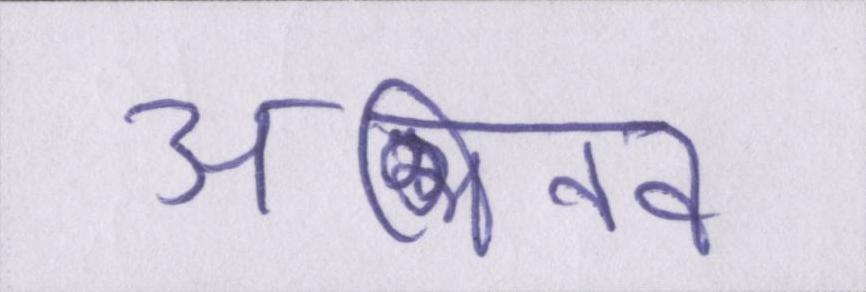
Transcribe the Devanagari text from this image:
अभिनव